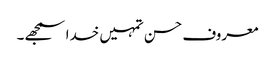
معروف حسن تمہیں خدا سمجھے۔